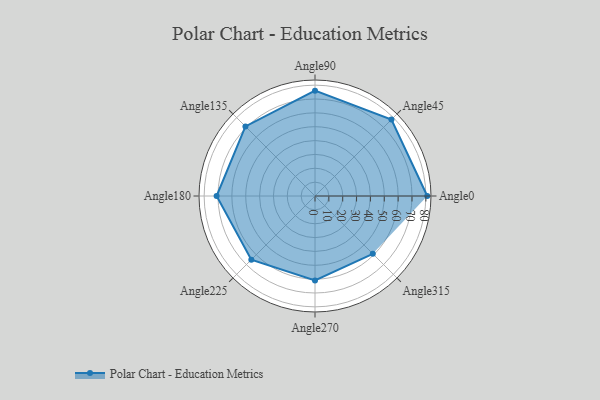
{"axis": {"x": "Angle", "y": "Radius"}, "legend": [""], "data": [{"x": "Angle0", "y": 81.0, "type": ""}, {"x": "Angle45", "y": 78.0, "type": ""}, {"x": "Angle90", "y": 76.0, "type": ""}, {"x": "Angle135", "y": 71.0, "type": ""}, {"x": "Angle180", "y": 71.0, "type": ""}, {"x": "Angle225", "y": 65.0, "type": ""}, {"x": "Angle270", "y": 61.0, "type": ""}, {"x": "Angle315", "y": 59.0, "type": ""}]}